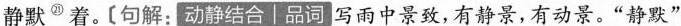
静默^{㉑}着。[句解;动静结合|品词雨中景致，有静景,有动景。“静默‘’